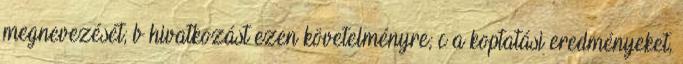
megnevezését; b hivatkozást ezen követelményre; c a koptatási eredményeket,